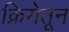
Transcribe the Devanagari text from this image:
क्रियेतून